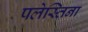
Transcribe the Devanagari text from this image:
पलेस्तिना